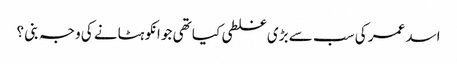
اسد عمر کی سب سے بڑی غلطی کیا تھی جو انکو ہٹانے کی وجہ بنی ؟